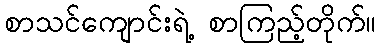
စာသင်ကျောင်းရဲ့ စာကြည့်တိုက်။